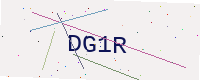
Text: DG1R